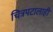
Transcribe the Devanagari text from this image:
चित्रपटालाही